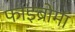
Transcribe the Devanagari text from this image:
फाइब्रोमा